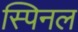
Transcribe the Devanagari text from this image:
स्पिनल